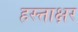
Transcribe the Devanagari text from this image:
हस्त्ताक्षर